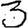
Digit: 3